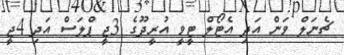
ޗެނަލް ވަން އަދި އެޓޯލް ޓީވީ އުރީދޫގެ 3ޖީ ޕްލަސް އަދި 4ޖީ